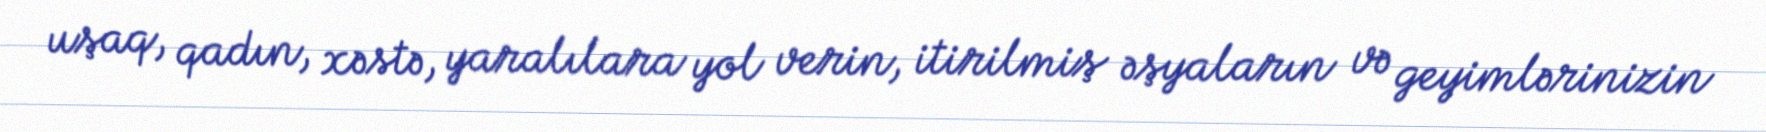
uşaq, qadın, xəstə, yaralılara yol verin, itirilmiş əşyaların və geyimlərinizin